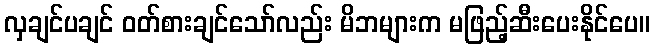
လှချင်ပချင် ဝတ်စားချင်သော်လည်း မိဘများက မဖြည့်ဆီးပေးနိုင်ပေ။